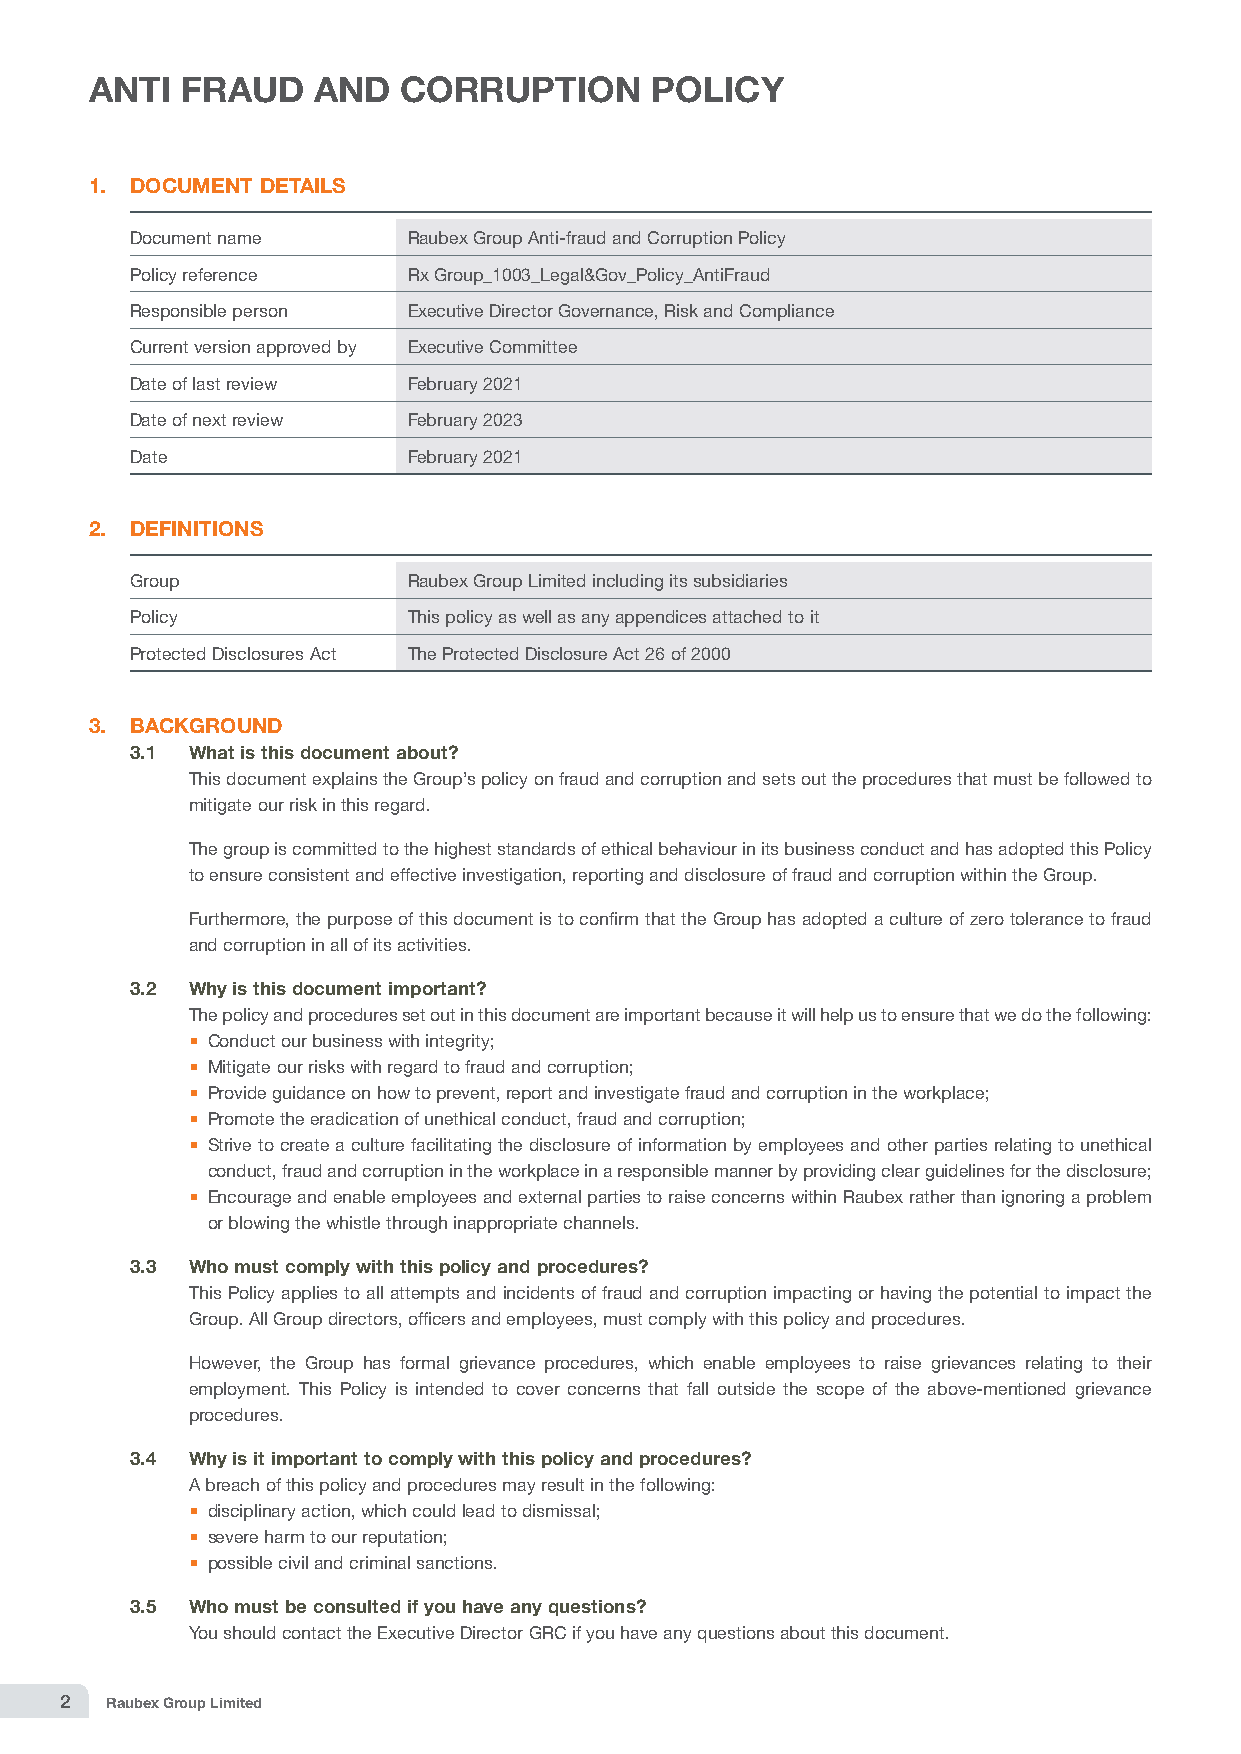
ANTI  FRAUD    AND   CORRUPTION      POLICY
 1. DOCUMENT DETAILS
 Document name     Raubex Group Anti-fraud and Corruption Policy
 Policy reference  Rx Group_1003_Legal&Gov_Policy_AntiFraud
 Responsible person Executive Director Governance, Risk and Compliance
 Current version approved by Executive Committee
 Date of last review February 2021
 Date of next review February 2023
 Date              February 2021
 2. DEFINITIONS
 Group             Raubex Group Limited including its subsidiaries
 Policy            This policy as well as any appendices attached to it
 Protected Disclosures Act The Protected Disclosure Act 26 of 2000
 3. BACKGROUND
 3.1 What is this document about?
 T his document explains the Group’s policy on fraud and corruption and sets out the procedures that must be followed to
 mitigate our risk in this regard.
 T he group is committed to the highest standards of ethical behaviour in its business conduct and has adopted this Policy
 to ensure consistent and effective investigation, reporting and disclosure of fraud and corruption within the Group.
 F urthermore, the purpose of this document is to confirm that the Group has adopted a culture of zero tolerance to fraud
 and corruption in all of its activities.
 3.2 Why is this document important?
 The policy and procedures set out in this document are important because it will help us to ensure that we do the following:
  Conduct our business with integrity;
  Mitigate our risks with regard to fraud and corruption;
  Provide guidance on how to prevent, report and investigate fraud and corruption in the workplace;
  Promote the eradication of unethical conduct, fraud and corruption;
  Strive to create a culture facilitating the disclosure of information by employees and other parties relating to unethical
 conduct, fraud and corruption in the workplace in a responsible manner by providing clear guidelines for the disclosure;
  Encourage and enable employees and external parties to raise concerns within Raubex rather than ignoring a problem
 or blowing the whistle through inappropriate channels.
 3.3 Who must comply with this policy and procedures?
 T his Policy applies to all attempts and incidents of fraud and corruption impacting or having the potential to impact the
 Group. All Group directors, officers and employees, must comply with this policy and procedures.
 H owever, the Group has formal grievance procedures, which enable employees to raise grievances relating to their
 employment. This Policy is intended to cover concerns that fall outside the scope of the above-mentioned grievance
 procedures.
 3.4 Why is it important to comply with this policy and procedures?
 A breach of this policy and procedures may result in the following:
  disciplinary action, which could lead to dismissal;
  severe harm to our reputation;
  possible civil and criminal sanctions.
 3.5 Who must be consulted if you have any questions?
 You should contact the Executive Director GRC if you have any questions about this document.
 2  Raubex Group Limited